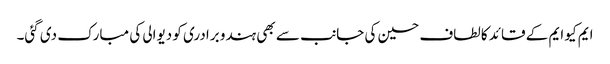
ایم کیو ایم کے قائد کالطاف حسین کی جانب سے بھی ہندو برادری کو دیوالی کی مبارک دی گئی۔